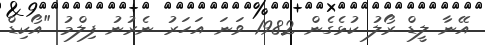
އޭނާ ލީޑް ރޯލު ކުޅެގެން 1982 ވަނަ އަހަރު ނެރުނު ފިލްމު "އޯކިޑް